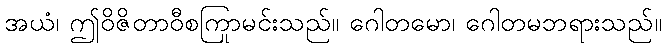
အယံ၊ ဤဝိဇိတာဝီစကြာမင်းသည်။ ဂေါတမော၊ ဂေါတမဘုရားသည်။